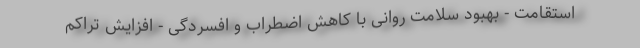
استقامت - بهبود سلامت روانی با کاهش اضطراب و افسردگی - افزایش تراکم